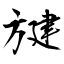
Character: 旔